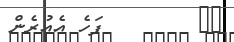
٤٧        ފަހެ އެއުރެން